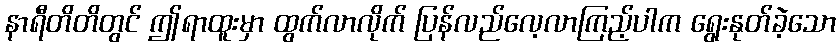
နာရီတိတိတွင် ဤရာထူးမှာ ထွက်လာလိုက် ပြန်လည်လေ့လာကြည့်ပါက ရွေးနုတ်ခဲ့သော